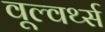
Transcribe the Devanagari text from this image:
वूल्वर्थ्स